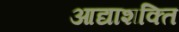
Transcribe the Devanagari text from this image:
आद्याशक्ति